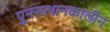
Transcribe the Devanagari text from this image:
पुनरुत्थानकालीन